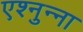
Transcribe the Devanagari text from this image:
एश्नुन्ना